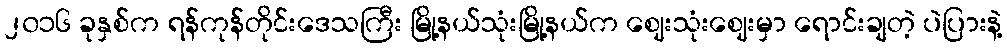
၂၀၁၆ ခုနှစ်က ရန်ကုန်တိုင်းဒေသကြီး မြို့နယ်သုံးမြို့နယ်က ဈေးသုံးဈေးမှာ ရောင်းချတဲ့ ပဲပြားနဲ့